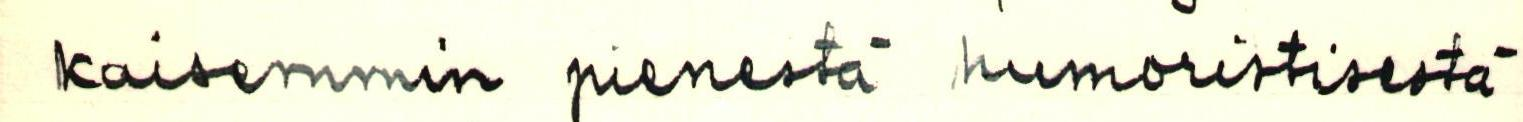
kaisemmin pienestä humoristisestä